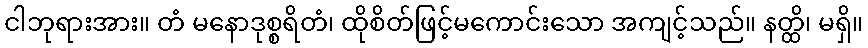
ငါဘုရားအား။ တံ မနောဒုစ္စရိတံ၊ ထိုစိတ်ဖြင့်မကောင်းသော အကျင့်သည်။ နတ္ထိ၊ မရှိ။